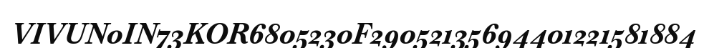
VIVUN0IN73KOR6805230F29052135694401221581884